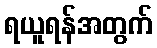
ရယူရန်အတွက်